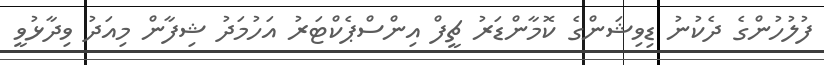
ފުލުހުންގެ ދެކުނު ޑިވިޝަންގެ ކޮމާންޑަރު ޗީފް އިންސްޕެކްޓަރު އަހުމަދު ޝިފާން މިއަދު ވިދާޅުވީ